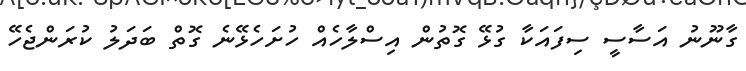
ގާނޫނު އަސާސީ ސިފައަކާ ގުޅޭ ގޮތުން އިސްލާހެއް ހުށަހެޅޭނެ ގޮތް ބަދަލު ކުރަންޖެހޭ